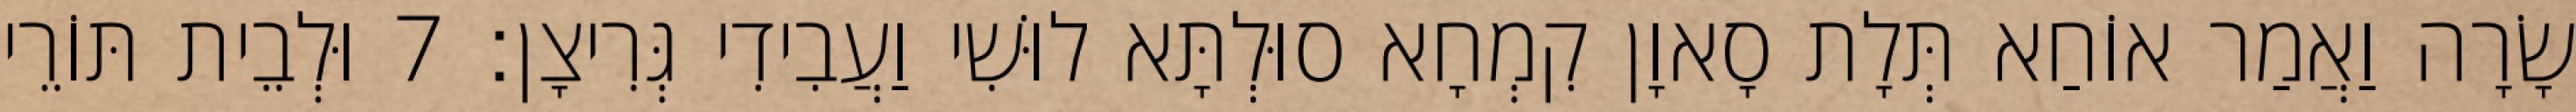
שָׂרָה וַאֲמַר אוֹחַא תְּלָת סָאוָן קִמְחָא סוּלְתָּא לוּשִׁי וַעֲבִידִי גְּרִיצָן׃ 7 וּלְבֵית תּוֹרֵי